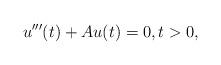
LaTeX: \begin{align*}u'''(t) +Au(t) = 0,t> 0,\end{align*}